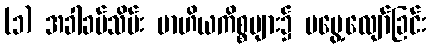
(၁) အခါခပ်သိမ်း ဗာဟိယကိစ္စများ၌ မမွေ့လျော်ခြင်း